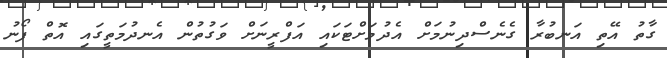
ގާތު އޭތި އަނބުރާ ގެނެސްދިނުމަށް އެދުމަށްޓަކައި އަފްރީނަށް ވަގުތުން އެނދުމަތީގައި އޮތް ފޯނު